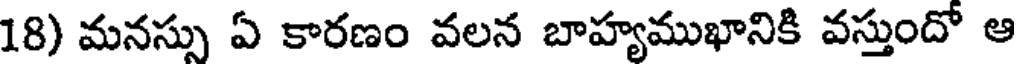
18) మనస్సు ఏ కారణం వలన బాహ్యముఖానికి వస్తుందో ఆ